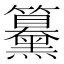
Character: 䵵